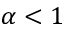
\alpha < 1